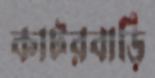
কাটরবাড়ি